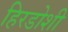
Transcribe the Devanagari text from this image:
हिरडोशी